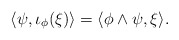
\begin{align*} \langle \psi, \iota_\phi(\xi)\rangle= \langle \phi\wedge\psi, \xi\rangle .\end{align*}